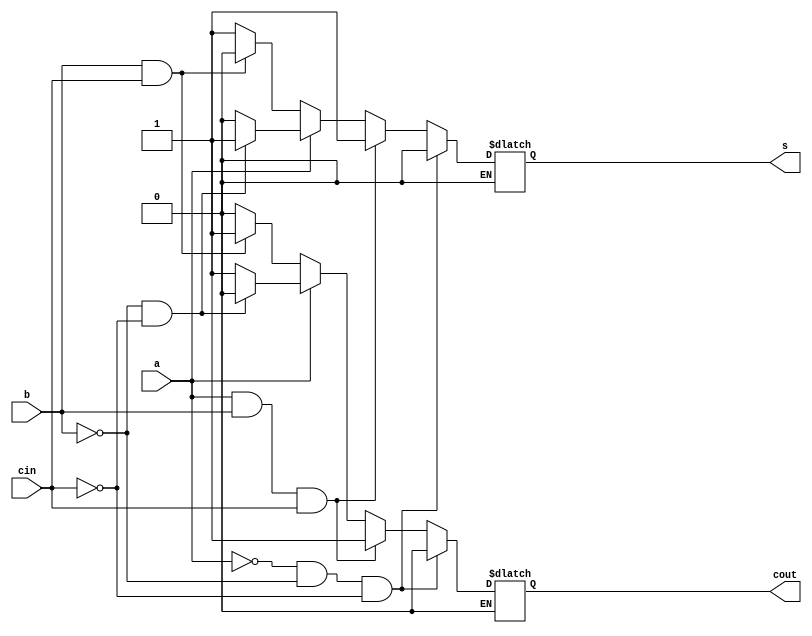
module bfulladd(
    input a,
    input b,
    input cin,
    output reg s,
    output reg cout
    );
	 always @ (a or b or cin) begin
	      if (a==1'b0 && b==1'b0 && cin==1'b0) begin
			     s=1'b0;
				  cout=1'b0;
			end
		   else if (a==1'b1 && b==1'b1 && cin==1'b1) begin
			     s=1'b1;
				  cout=1'b1;
			end
			else if (a==1'b0) begin
			      if (b==1'b1 && cin==1'b1) begin
					    s=1'b0;
						 cout=1'b1;
					end 
					else begin 
					    s=1'b1;
						 cout=1'b0;
					end
			end
			else if (a==1'b1) begin
			      if (b==1'b0 && cin==1'b0) begin
					    s=1'b1;
						 cout=1'b0;
					end 
					else begin 
					    s=1'b0;
						 cout=1'b1;
					end
			end
end


			
			
			


endmodule